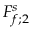
F _ { f ; 2 } ^ { s }